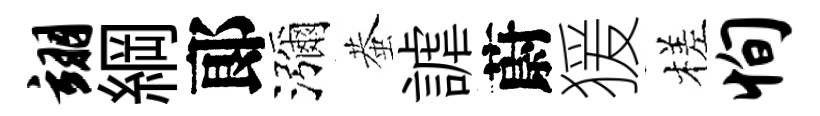
翊綱郞瀰蛬謔蔚猨槎恂